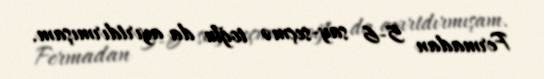
Fermadan 5-6 say-seçmə toğlu da ayırtdırmışam.